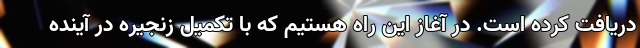
دریافت کرده است. در آغاز این راه هستیم که با تکمیل زنجیره در آینده